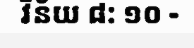
វិន័យ ៨: ១០ -